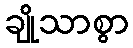
ချိုသာစွာ